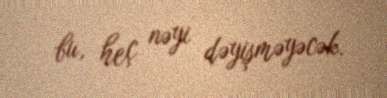
bu, heç nəyi dəyişməyəcək.